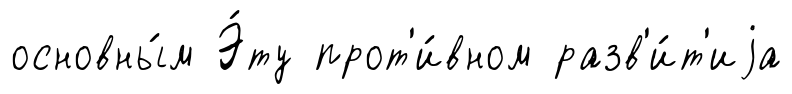
основны́м Э́ту прот'и́вном разв'и́т'иjа